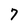
Character: 7